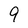
Character: 9